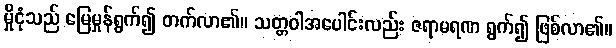
မှိုငုံသည် မြေမှုန်ရွက်၍ တက်လာ၏။ သတ္တဝါအပေါင်းလည်း ဇရာမရဏ ရွက်၍ ဖြစ်လာ၏။